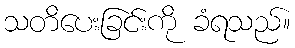
သတိပေးခြင်းကို ခံရသည်။